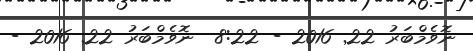
ނޮވެމްބަރު 22